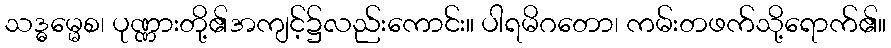
သဒ္ဓမ္မေစ၊ ပုဏ္ဏားတို့၏အကျင့်၌လည်းကောင်း။ ပါရမိဂတော၊ ကမ်းတဖက်သို့ရောက်၏။